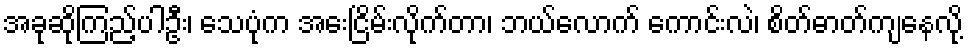
အခုဆိုကြည့်ပါဦး၊ သေပုံက အေးငြိမ်းလိုက်တာ၊ ဘယ်လောက် ကောင်းလဲ၊ စိတ်ဓာတ်ကျနေလို့